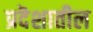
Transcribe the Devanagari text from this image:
प्रदॆशातील